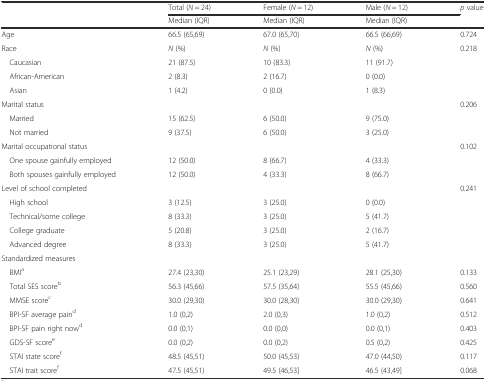
<table><thead><tr><td></td><td><b>Total (<i>N</i> = 24)</b></td><td><b>Female (<i>N</i> = 12)</b></td><td><b>Male (<i>N</i> = 12)</b></td><td><b><i>p</i> value</b></td></tr><tr><td></td><td><b>Median (IQR)</b></td><td><b>Median (IQR)</b></td><td><b>Median (IQR)</b></td><td></td></tr></thead><tbody><tr><td>Age</td><td>66.5 (65,69)</td><td>67.0 (65,70)</td><td>66.5 (66,69)</td><td>0.724</td></tr><tr><td>Race</td><td><i>N</i> (%)</td><td><i>N</i> (%)</td><td><i>N</i> (%)</td><td>0.218</td></tr><tr><td> Caucasian</td><td>21 (87.5)</td><td>10 (83.3)</td><td>11 (91.7)</td><td></td></tr><tr><td> African-American</td><td>2 (8.3)</td><td>2 (16.7)</td><td>0 (0.0)</td><td></td></tr><tr><td> Asian</td><td>1 (4.2)</td><td>0 (0.0)</td><td>1 (8.3)</td><td></td></tr><tr><td>Marital status</td><td></td><td></td><td></td><td>0.206</td></tr><tr><td> Married</td><td>15 (62.5)</td><td>6 (50.0)</td><td>9 (75.0)</td><td></td></tr><tr><td> Not married</td><td>9 (37.5)</td><td>6 (50.0)</td><td>3 (25.0)</td><td></td></tr><tr><td>Marital occupational status</td><td></td><td></td><td></td><td>0.102</td></tr><tr><td> One spouse gainfully employed</td><td>12 (50.0)</td><td>8 (66.7)</td><td>4 (33.3)</td><td></td></tr><tr><td> Both spouses gainfully employed</td><td>12 (50.0)</td><td>4 (33.3)</td><td>8 (66.7)</td><td></td></tr><tr><td>Level of school completed</td><td></td><td></td><td></td><td>0.241</td></tr><tr><td> High school</td><td>3 (12.5)</td><td>3 (25.0)</td><td>0 (0.0)</td><td></td></tr><tr><td> Technical/some college</td><td>8 (33.3)</td><td>3 (25.0)</td><td>5 (41.7)</td><td></td></tr><tr><td> College graduate</td><td>5 (20.8)</td><td>3 (25.0)</td><td>2 (16.7)</td><td></td></tr><tr><td> Advanced degree</td><td>8 (33.3)</td><td>3 (25.0)</td><td>5 (41.7)</td><td></td></tr><tr><td>Standardized measures</td><td></td><td></td><td></td><td></td></tr><tr><td> BMI<sup>a</sup></td><td>27.4 (23,30)</td><td>25.1 (23,29)</td><td>28.1 (25,30)</td><td>0.133</td></tr><tr><td> Total SES score<sup>b</sup></td><td>56.3 (45,66)</td><td>57.5 (35,64)</td><td>55.5 (45,66)</td><td>0.560</td></tr><tr><td> MMSE score<sup>c</sup></td><td>30.0 (29,30)</td><td>30.0 (28,30)</td><td>30.0 (29,30)</td><td>0.641</td></tr><tr><td> BPI-SF average pain<sup>d</sup></td><td>1.0 (0,2)</td><td>2.0 (0,3)</td><td>1.0 (0,2)</td><td>0.512</td></tr><tr><td> BPI-SF pain right now<sup>d</sup></td><td>0.0 (0,1)</td><td>0.0 (0,0)</td><td>0.0 (0,1)</td><td>0.403</td></tr><tr><td> GDS-SF score<sup>e</sup></td><td>0.0 (0,2)</td><td>0.0 (0,2)</td><td>0.5 (0,2)</td><td>0.425</td></tr><tr><td> STAI state score<sup>f</sup></td><td>48.5 (45,51)</td><td>50.0 (45,53)</td><td>47.0 (44,50)</td><td>0.117</td></tr><tr><td> STAI trait score<sup>f</sup></td><td>47.5 (45,51)</td><td>49.5 (46,53]</td><td>46.5 (43,49]</td><td>0.068</td></tr></tbody></table>